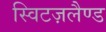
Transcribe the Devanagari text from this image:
स्विटज़लैण्ड